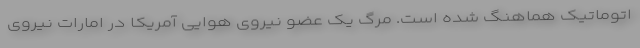
اتوماتیک هماهنگ شده است. مرگ یک عضو نیروی هوایی آمریکا در امارات نیروی